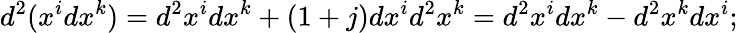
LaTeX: d^{2}(x^{i}dx^{k})=d^{2}x^{i}dx^{k}+(1+j)dx^{i}d^{2}x^{k}=d^{2}x^{i}dx^{k}-d^{2}x^{k}dx^{i};